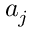
a _ { j }